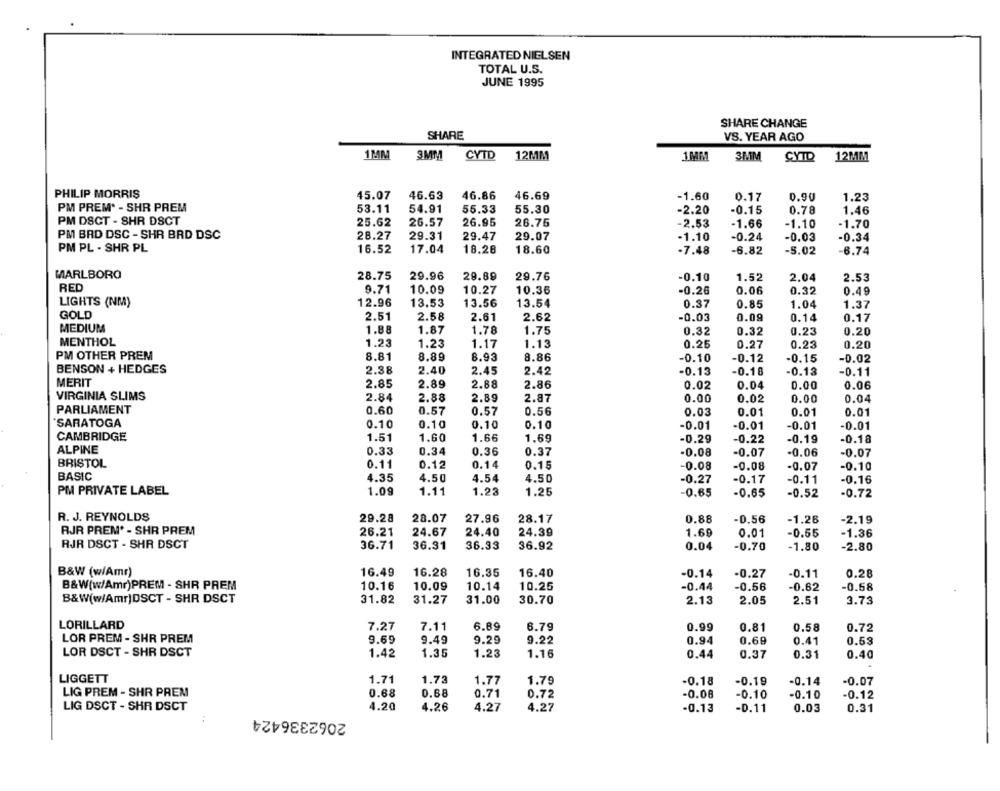
INTEGRATED NIELSEN
TOTAL U.S.
JUNE 1995
SHARE CHANGE
SHARE
VS. YEAR AGO
1MM
3MM
CYTD 12MM
1MM
3MM
CYTO
12MM
PHILIP MORRIS
45.07
46.63
46.86
46.69
-1.60
0.17
0.90
1.23
PM PREM* - SHR PREM
53.11
54.91
55.33
55.30
-2.20
-0.15
0.78
1.46
PM DSCT - SHR DSCT
26.57
26.95
25.62
26.75
-2.53
-1.66
-1.10
-1.70
PM BAD DSC - SHR BRD DSC
28.27
29.31
29.47
29.07
-1.10
-0.24
-0.03
-0.34
PM PL - SHR PL
16.52
17.04
18.28
18.60
-7.48
-6.82
-5.02
6.74
MARLBORO
28.75
29.96
29.89
29.76
-0.10
1.52
2.04
2.53
RED
9.71
10.09
10.27
10.36
-0.26
0.06
0.32
0.49
LIGHTS (NM)
12.96
13.53
13.56
13.54
0.37
0.85
1.04
1.37
GOLD
2.51
2.58
2.61
-0.03
0.09
0.14
2.62
0.17
MEDIUM
1.88
1.87
1.78
1.75
0.32
0.32
0.23
0.20
MENTHOL
1.23
1.23
1.17
1.13
0.25
0.27
0.23
0.20
PM OTHER PREM
8.81
8.89
8.93
8.86
-0.10
-0.12
-0.15
-0.02
BENSON + HEDGES
2.38
2.40
2.45
2.42
-0.13
-0.18
-0.13
-0.11
MERIT
2.85
2.89
2.88
2.86
0.02
0.04
0.00
0.06
VIRGINIA SLIMS
2.84
2.88
2.89
2.87
0.00
0.02
0.00
0.04
PARLIAMENT
0.60
0.57
0.57
0.56
0.03
0.01
0.01
0.01
SARATOGA
0.10
0.10
0.10
0.10
-0.01
-0.01
-0.01
-0.01
CAMBRIDGE
1.51
1.60
1.66
1.69
-0.29
-0.22
-0.19
-0.18
ALPINE
0.33
0.34
0.36
0.37
-0.08
-0.07
-0.06
-0.07
BRISTOL
0.11
0.12
0.14
0.15
-0.08
-0.08
-0.07
-0.10
BASIC
4.35
4.50
4.54
4.50
-0.27
-0.17
-0.11
-0.16
PM PRIVATE LABEL
1.09
1.11
1.23
1.25
-0.65
-0.65
-0.52
-0.72
R. J. REYNOLDS
29.28
28.07
27.96
28.17
0.88
-0.56
-1.26
-2.19
RJR PREM* - SHR PREM
26.21
24.67
24.40
24.39
1.69
0.01
-0.55
-1.36
RJR DSCT - SHR DSCT
36.71
36.31
36.33
36.92
0.04
-0.70
-1.80
-2.80
B&W (w/Amr)
16.49
16.28
16.35
16.40
-0.14
-0.27
-0.11
0.28
B&W(w/Amr)PREM - SHR PREM
10.14
-0.44
-0.56
10.16
10.09
10.25
-0.62
0.58
B&W(w/Amr]DSCT - SHR DSCT
31.82
31.27
31.00
30.70
2.13
2.05
2.51
3.73
LORILLARD
7.27
7.11
6.89
6.79
0.99
0.81
0.58
0.72
LOR PREM - SHR PREM
9.69
9.49
9.29
9.22
0.94
0.69
0.41
0.53
LOR DSCT - SHR DSCT
1.42
1.35
1.23
1.16
0.44
0.37
0.31
0.40
LIGGETT
1.71
1.73
1.79
-0.18
-0.19
-0.14
-0.07
1.77
LIG PREM - SHR PREM
0.68
0.68
0.71
0.72
-0.08
-0.10
-0.10
-0.12
LIG DSCT - SHR DSCT
2062336424
4.20
4.26
4.27
4.27
-0.13
-D. 11
0.03
0.31